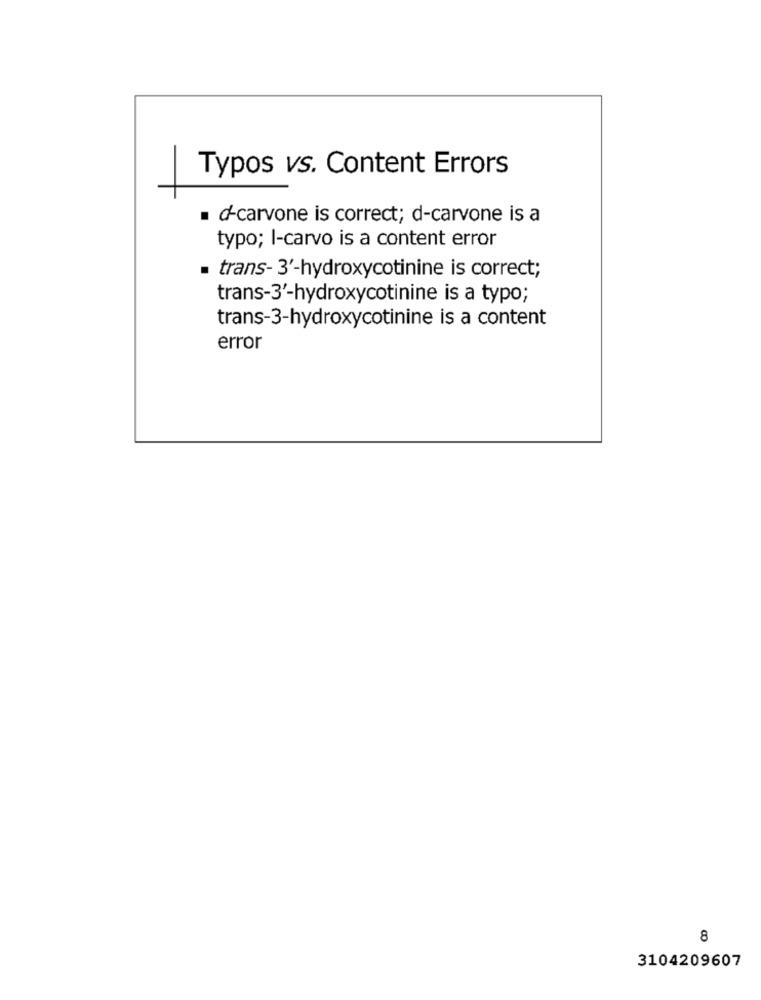
Typos vs. Content Errors
d-carvone is correct; d-carvone is a
typo; I-carvo is a content error
trans- 3'-hydroxycotinine is correct;
trans-3'-hydroxycotinine is a typo;
trans-3-hydroxycotinine is a content
error
8
3104209607